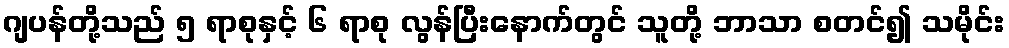
ဂျပန်တို့သည် ၅ ရာစုနှင့် ၆ ရာစု လွန်ပြီးနောက်တွင် သူတို့ ဘာသာ စတင်၍ သမိုင်း